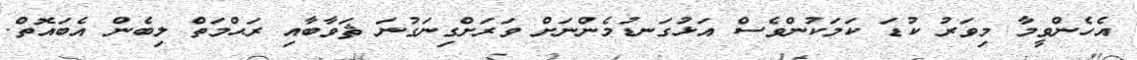
އެހެންވީމާ މިވަރު ކުޑަ ކަމަކުންވެސް އަޅުގަނޑުމެންނަށް ވަރަށްގިނަގުނަ ޘަވާބާއި ރަޙްމަތް ލިބެން އެބައޮތް.